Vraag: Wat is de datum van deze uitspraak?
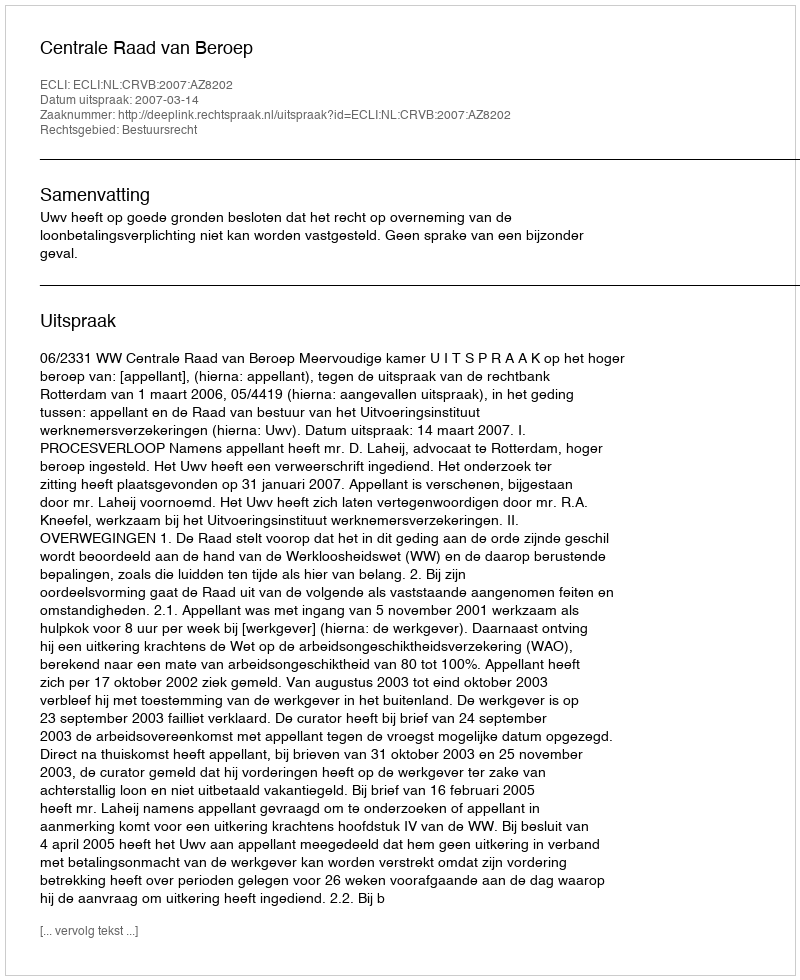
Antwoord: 2007-03-14